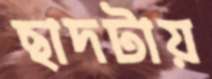
ছাদটায়